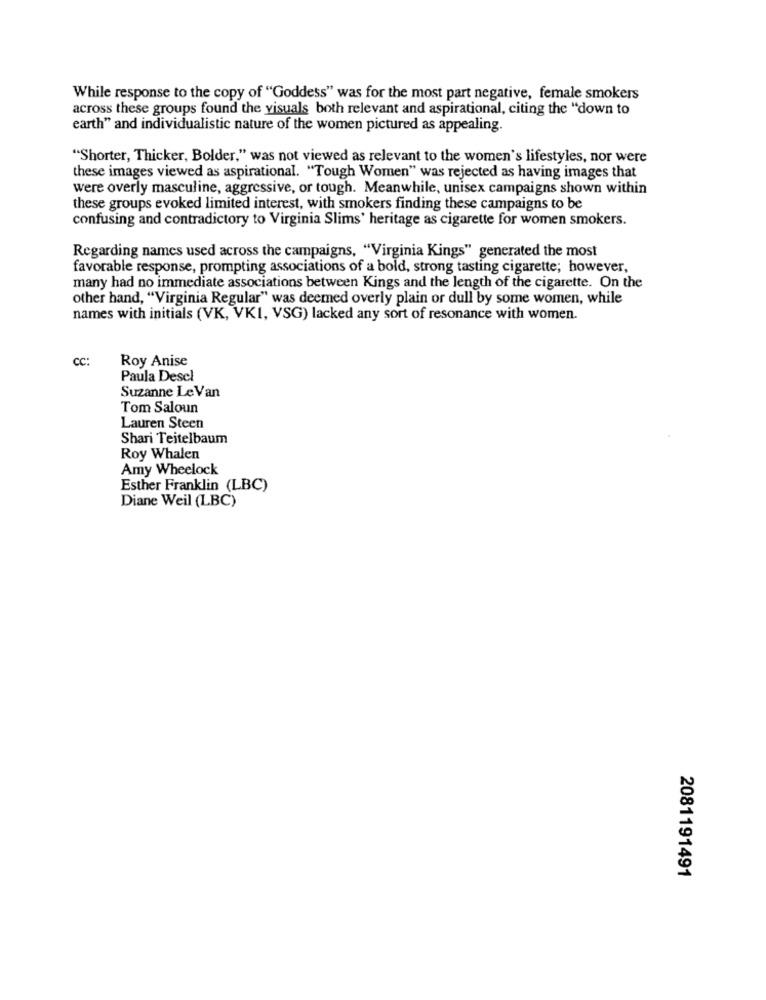
While response to the copy of "Goddess" was for the most part negative, female smokers
across these groups found the visuals both relevant and aspirational, citing the "down to
earth" and individualistic nature of the women pictured as appealing.
"Shorter, Thicker, Bolder," was not viewed as relevant to the women's lifestyles, nor were
these images viewed as aspirational. "Tough Women" was rejected as having images that
were overly masculine, aggressive, or tough. Meanwhile, unisex campaigns shown within
these groups evoked limited interest, with smokers finding these campaigns to be
confusing and contradictory to Virginia Slims' heritage as cigarette for women smokers.
Regarding names used across the campaigns, "Virginia Kings" generated the most
favorable response, prompting associations of a bold, strong tasting cigarette; however,
many had no immediate associations between Kings and the length of the cigarette. On the
other hand, "Virginia Regular" was deemed overly plain or dull by some women, while
names with initials (VK, VKI, VSG) lacked any sort of resonance with women.
CC:
Roy Anise
Paula Descl
Suzanne Le Van
Tom Saloun
Lauren Steen
Shari Teitelbaum
Roy Whalen
Amy Wheelock
Esther Franklin (LBC)
Diane Weil (LBC)
2081191491